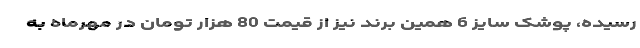
رسیده، پوشک سایز 6 همین برند نیز از قیمت 80 هزار تومان در مهرماه به